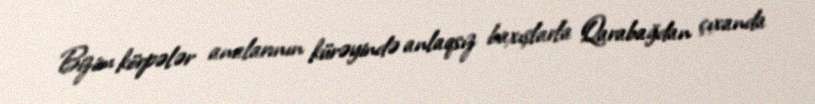
Bizim körpələr analarının kürəyində anlaqsız baxışlarla Qarabağdan çıxanda